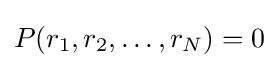
P(r_{1},r_{2},\ldots ,r_{N})=0